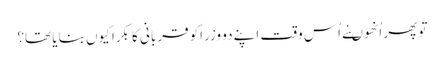
تو پھر اُنھوںنے اُس وقت اپنے دو وزراکو قربانی کا بکرا کیوں بنایا تھا؟